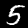
Label: 5